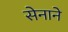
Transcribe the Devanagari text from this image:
सेनाने